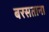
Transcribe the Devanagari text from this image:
बरसताना